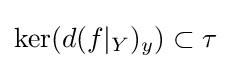
\operatorname {ker} (d(f|_{Y})_{y})\subset \tau